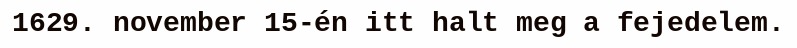
1629. november 15-én itt halt meg a fejedelem.